system: You are a helpful assistant.
user:
Analyze the provided spectrum to determine if it is a **Carbon Star (C-type)**.

- **Key Visual Indicators of Carbon Star:**
    - **(Primary):** Strong molecular absorption from **C₂ (diatomic carbon) "Swan Bands."** This is the **defining feature** of a carbon star.
        - **(Key Bandheads):** Sharp absorption edges are visible at approximately $5635$ Å, $5165$ Å (the strongest band), and $4737$ Å.
        - **(Line Profile):** Creates a distinct **"saw-tooth"** pattern. The key morphology is a sharp, steep bandhead on the **red (long-wavelength) side**, which then gradually tapers off (i.e., flux recovers) towards the **blue (short-wavelength) side**. *(This is the direct opposite of the TiO bands seen in M-type stars)*.

    - **(Secondary):** Intense **CN (cyanogen)** molecular absorption bands.
        - **(Key Bandheads):** Located in the blue and violet regions of the spectrum (e.g., near $4215$ Å and $3883$ Å).
        - **(Morphology):** These bands are extremely broad and act as a "blanket," absorbing the vast majority of blue and violet light. This creates a characteristic **"cliff"** or **"steep drop-off"** in the spectrum's flux at short wavelengths.

    - **(Key Confirmation):** Strong **CH absorption band (G-band)**.
        - **(Key Bandhead):** Located around $4300$ Å. The contribution from CH molecules to this band is exceptionally strong.

    - **(Overall Spectrum):**
        - The continuum is severely "chopped up" by these deep molecular bands, especially C₂, rather than appearing as a smooth curve.
        - Due to the heavy CN and C₂ absorption in the blue-green, the vast majority of the star's flux is concentrated in the red part of the spectrum, giving the star its characteristic deep red color.

Think first, call **spectral_visualization_tool** if needed to examine features in detail, then provide your final answer. Your response must adhere to the following strict rules:
1.  **Overall Structure:** Your response must follow the format `<think>...</think> <tool_call>...</tool_call> (if a tool is used) <answer>...</answer>`.
2.  **Tool Usage Constraint:** You may only make **one** tool call per turn.
3.  **Final Answer Format:** In the `<answer>` tag, your conclusion must be inside a `\boxed{}` command (e.g., `\boxed{YES}`), followed by your justification.

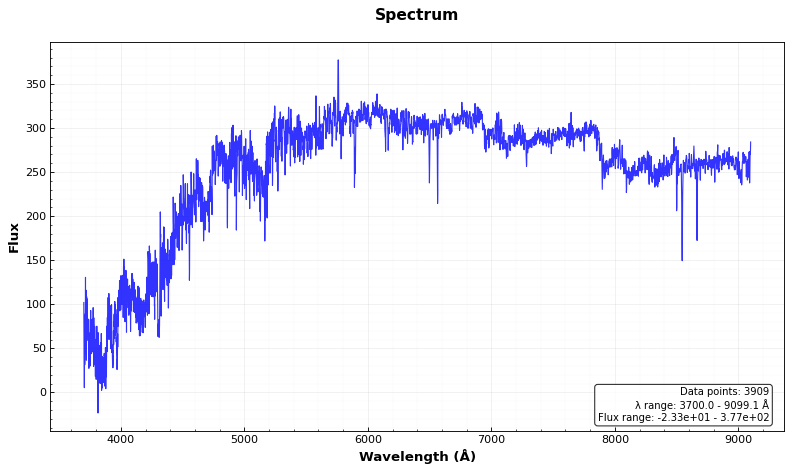
Answer: YES